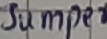
Text: Jumper